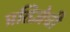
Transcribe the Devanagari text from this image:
प्रतिज्ञेची